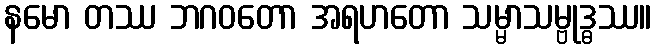
နမော တဿ ဘဂဝတော အရဟတော သမ္မာသမ္ဗုဒ္ဓဿ။